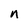
Character: n